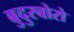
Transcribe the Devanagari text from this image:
बुदुरबोरो